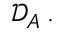
\mathcal { D } _ { A } \, .